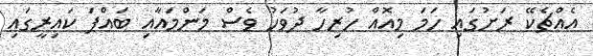
އެއްޗެކޭ ރަށުގައި ހަމަ މިއޮއް ހުރިހާ ދުވަހު ވެސް މަންމައާއި ބައްޕަ ކައިރީގައި